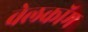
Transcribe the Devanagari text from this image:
वेलकॉम